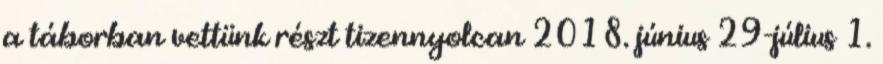
a táborban vettünk részt tizennyolcan 2018. június 29-július 1.